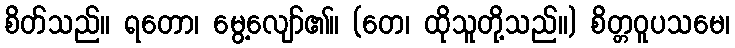
စိတ်သည်။ ရတော၊ မွေ့လျော်၏။ (တေ၊ ထိုသူတို့သည်။) စိတ္တဝူပသမေ၊